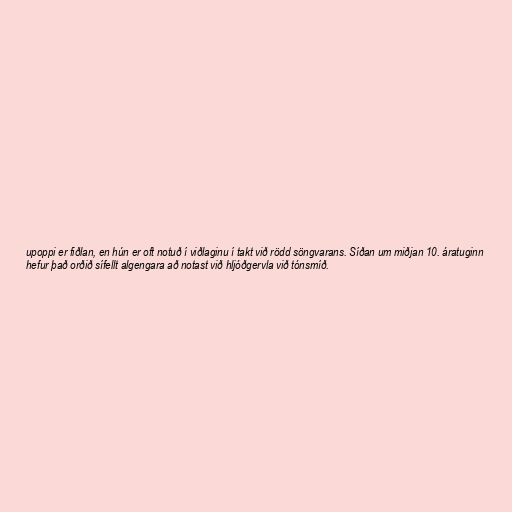
upoppi er fiðlan, en hún er oft notuð í viðlaginu í takt við rödd söngvarans. Síðan um miðjan 10. áratuginn
hefur það orðið sífellt algengara að notast við hljóðgervla við tónsmíð.